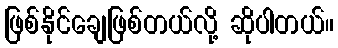
ဖြစ်နိုင်ချေဖြစ်တယ်လို့ ဆိုပါတယ်။